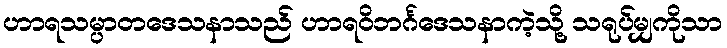
ဟာရသမ္ပာတဒေသနာသည် ဟာရဝိဘင်္ဂဒေသနာကဲ့သို့ သရုပ်မျှကိုသာ